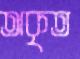
অকৃত